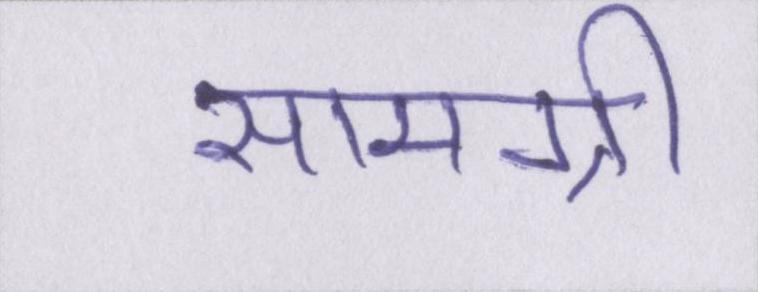
सामग्री